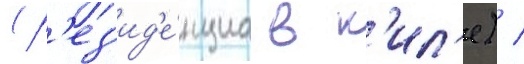
(р'ез'ид'е́нциа в к'ил'е) /